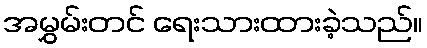
အမွှမ်းတင် ရေးသားထားခဲ့သည်။